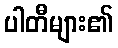
ပါတီများ၏